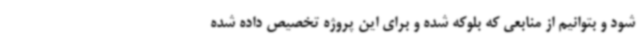
شود و بتوانیم از منابعی که بلوکه شده و برای این پروژه تخصیص داده شده